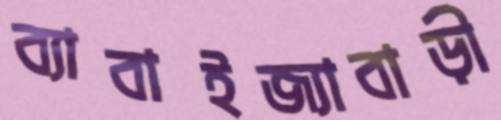
ব্যাবাইজ্যাবাড়ী